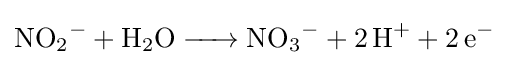
{\ce {NO2- + H2O -> NO3- + 2H+ + 2e-}}